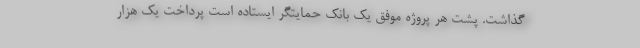
گذاشت. پشت هر پروژه موفق یک بانک حمایتگر ایستاده است پرداخت یک هزار